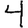
Digit: 4